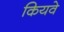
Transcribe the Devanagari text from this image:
कियवे